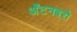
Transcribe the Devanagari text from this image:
अँटनबरो